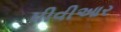
પીવીઆર